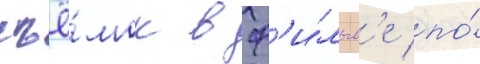
съё́мок в ф'и́льм'е по́